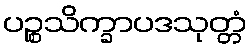
ပဉ္စသိက္ခာပဒသုတ္တံ